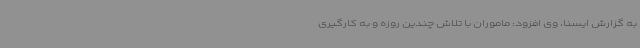
به گزارش ایسنا، وی افزود: ماموران با تلاش چندین روزه و به کارگیری